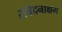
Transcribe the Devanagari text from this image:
संवेदनाक्षम